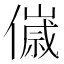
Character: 𬿴